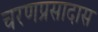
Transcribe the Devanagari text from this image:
चरणप्रसादास